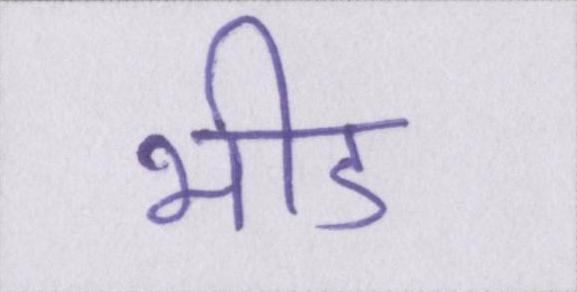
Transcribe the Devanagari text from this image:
भीड